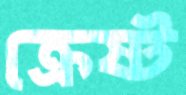
ক্রেষ্ট